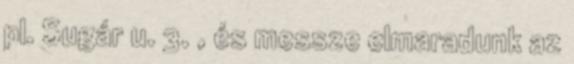
pl. Sugár u. 3. , és messze elmaradunk az